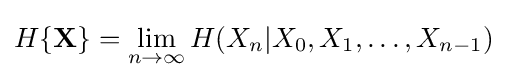
H\{\mathbf {X} \}=\lim _{n\to \infty }H(X_{n}|X_{0},X_{1},\dots ,X_{n-1})